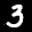
Label: 3